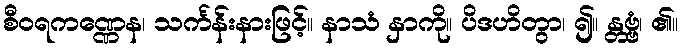
စီဝရကဏ္ဏေန၊ သင်္ကန်းနားဖြင့်။ နာသံ နှာကို။ ပိဒဟိတွာ၊ ၍။ န္တဗ္ဗံ၊ ၏။